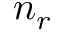
n _ { r }